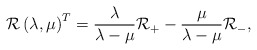
\begin{align*}{\cal R}\left( \lambda ,\mu \right) ^T=\frac \lambda {\lambda-\mu }{\cal R}_{+}-\frac \mu {\lambda -\mu }{\cal R}_{-},\end{align*}